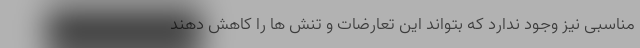
مناسبی نیز وجود ندارد که بتواند این تعارضات و تنش ها را کاهش دهند